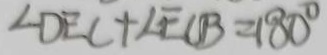
\angle D E C + \angle E C B = 1 8 0 ^ { \circ }